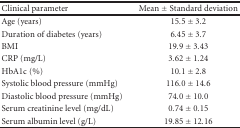
<table><thead><tr><td><b>Clinical parameter</b></td><td><b>Mean ± Standard deviation</b></td></tr></thead><tbody><tr><td>Age (years)</td><td>15.5 ± 3.2</td></tr><tr><td>Duration of diabetes (years)</td><td>6.45 ± 3.7</td></tr><tr><td>BMI</td><td>19.9 ± 3.43</td></tr><tr><td>CRP (mg/L)</td><td>3.62 ± 1.24</td></tr><tr><td>HbA1c (%)</td><td>10.1 ± 2.8</td></tr><tr><td>Systolic blood pressure (mmHg)</td><td>116.0 ± 14.6</td></tr><tr><td>Diastolic blood pressure (mmHg)</td><td>74.0 ± 10.0</td></tr><tr><td>Serum creatinine level (mg/dL)</td><td>0.74 ± 0.15</td></tr><tr><td>Serum albumin level (g/L)</td><td>19.85 ± 12.16</td></tr></tbody></table>